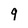
Character: 9